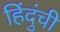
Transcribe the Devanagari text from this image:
हिंदुंची